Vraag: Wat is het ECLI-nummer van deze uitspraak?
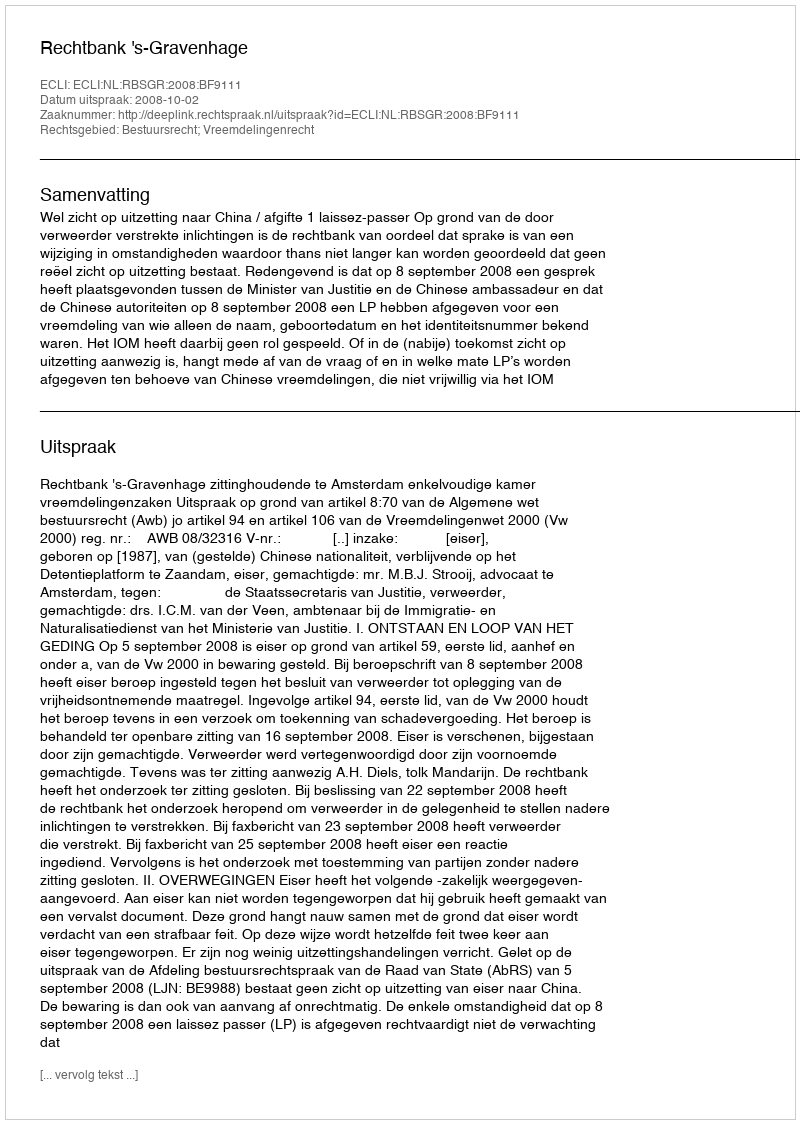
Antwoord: ECLI:NL:RBSGR:2008:BF9111